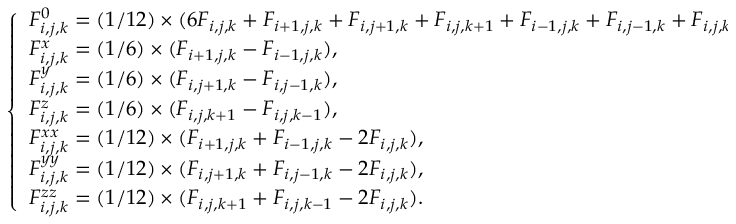
\left\{ \begin{array} { l l } { F _ { i , j , k } ^ { 0 } = ( 1 / 1 2 ) \times ( 6 F _ { i , j , k } + F _ { i + 1 , j , k } + F _ { i , j + 1 , k } + F _ { i , j , k + 1 } + F _ { i - 1 , j , k } + F _ { i , j - 1 , k } + F _ { i , j , k - 1 } ) , } \\ { F _ { i , j , k } ^ { x } = ( 1 / 6 ) \times ( F _ { i + 1 , j , k } - F _ { i - 1 , j , k } ) , } \\ { F _ { i , j , k } ^ { y } = ( 1 / 6 ) \times ( F _ { i , j + 1 , k } - F _ { i , j - 1 , k } ) , } \\ { F _ { i , j , k } ^ { z } = ( 1 / 6 ) \times ( F _ { i , j , k + 1 } - F _ { i , j , k - 1 } ) , } \\ { F _ { i , j , k } ^ { x x } = ( 1 / 1 2 ) \times ( F _ { i + 1 , j , k } + F _ { i - 1 , j , k } - 2 F _ { i , j , k } ) , } \\ { F _ { i , j , k } ^ { y y } = ( 1 / 1 2 ) \times ( F _ { i , j + 1 , k } + F _ { i , j - 1 , k } - 2 F _ { i , j , k } ) , } \\ { F _ { i , j , k } ^ { z z } = ( 1 / 1 2 ) \times ( F _ { i , j , k + 1 } + F _ { i , j , k - 1 } - 2 F _ { i , j , k } ) . } \end{array} \right.